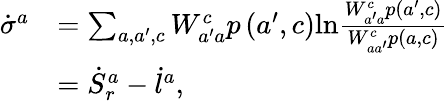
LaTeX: \begin{array}{rl}{\dot{\sigma}^{a}}&{=\sum_{a,a^{\prime},c}W_{a^{\prime}a}^{c}p\left(a^{\prime},c\right)\mathrm{ln}\frac{W_{a^{\prime}a}^{c}p\left(a^{\prime},c\right)}{W_{aa^{\prime}}^{c}p\left(a,c\right)}}\\ &{=\dot{S}_{r}^{a}-\dot{l}^{a}\mathrm{,}}\end{array}